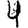
Digit: 4